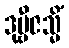
ဒုဗ္ဗီဇသ္မိံ